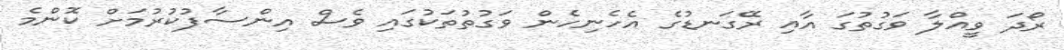
ރޯދަ ވީއްލާ ވަގުތުގަ އާއި ރޭގަނޑުގެ އެހެނިހެން ވަގުތުތަކުގައި ވެސް އިންސާފުކުރުމަށް ކޮންމެ